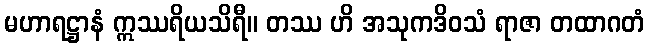
မဟာရဋ္ဌာနံ ဣဿရိယသိရီ။ တဿ ဟိ အသုကဒိဝသံ ရာဇာ တထာဂတံ